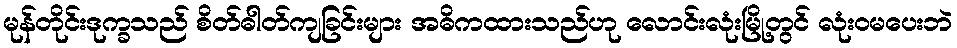
မုန်တိုင်းဒုက္ခသည် စိတ်ဓါတ်ကျခြင်းများ အဓိကထားသည်ဟု လောင်းလုံးမြို့တွင် လုံးဝမပေးဘဲ